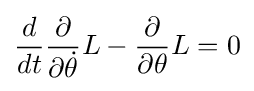
{\frac {d}{dt}}{\frac {\partial }{\partial {\dot {\theta }}}}L-{\frac {\partial }{\partial \theta }}L=0